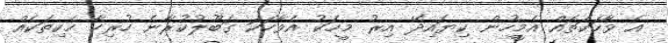
އެ ވާހަކަތައް އެމީހުން ކިޔައިދޭ އިރު މީހަކު އެވާހަކަ ގަބޫލުކުރާނެ ހުރިހާ ހެކިތަކެއް